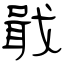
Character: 戢